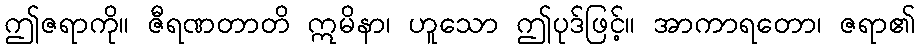
ဤဇရာကို။ ဇီရဏတာတိ ဣမိနာ၊ ဟူသော ဤပုဒ်ဖြင့်။ အာကာရတော၊ ဇရာ၏